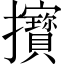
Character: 𢺔